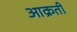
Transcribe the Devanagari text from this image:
आक्रती